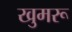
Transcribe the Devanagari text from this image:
खुमरू